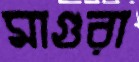
মাগুরা